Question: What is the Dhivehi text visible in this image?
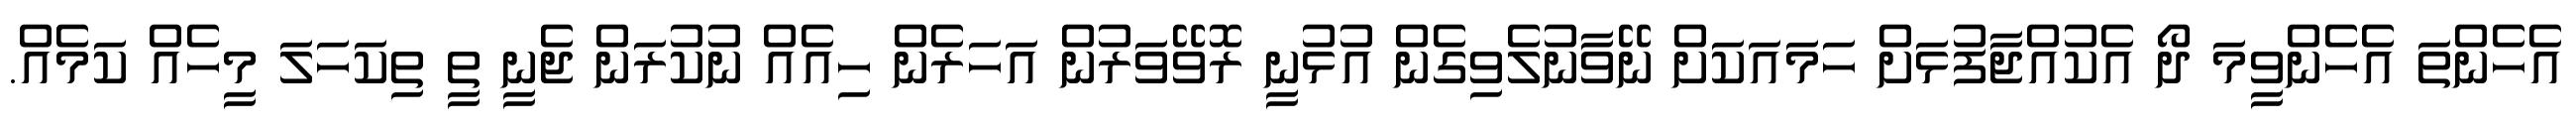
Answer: އެހެންތަ އެހެންވީމަ ދޯ އެކުއްޖާފުޅަށް ހަމައަކަށް ނޭވާނުލެވިގެން އުޅުނީ ރޮވޭވަރުން އަހަރެން ހިއެއް ނުކުރަން ޖެނީ ތީ ތިކަހަލަ މީހެއް ކަމެއް.